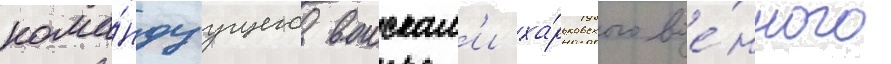
кома́ндуущего воискам'и ха́рьковского вое́нного